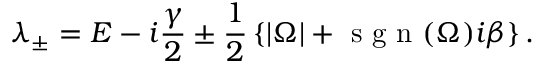
\lambda _ { \pm } = E - i \frac { \gamma } { 2 } \pm \frac { 1 } { 2 } \left\{ | \Omega | + \textrm { s g n } ( \Omega ) i \beta \right\} .